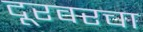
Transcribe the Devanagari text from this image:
दूरवरचा